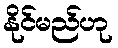
နိုင်မည်ဟု